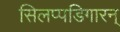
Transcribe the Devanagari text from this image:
सिलप्पडिगारन्